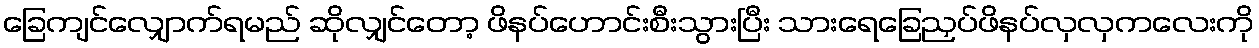
ခြေကျင်လျှောက်ရမည် ဆိုလျှင်တော့ ဖိနပ်ဟောင်းစီးသွားပြီး သားရေခြေညှပ်ဖိနပ်လှလှကလေးကို